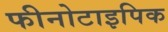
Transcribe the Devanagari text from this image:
फीनोटाइपिक